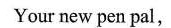
Your new pen pal,